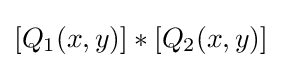
[Q_{1}(x,y)]\ast [Q_{2}(x,y)]